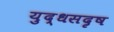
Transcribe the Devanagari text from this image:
युद्धसदृष